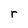
Character: r